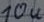
Text: 10u